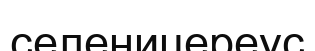
селеницереус